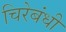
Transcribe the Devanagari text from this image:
चिरेबंधी